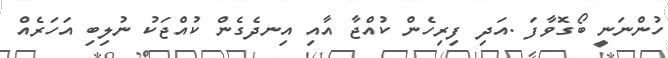
ހުންނަނީ ބޯގޮވާފަ .އަދި ފިރިހެން ކުއްޖާ އާއި އިނދެގެން ކުއްޖަކު ނުލިބި އަހަރެއް